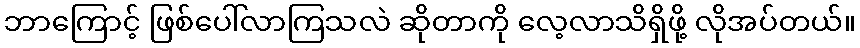
ဘာကြောင့် ဖြစ်ပေါ်လာကြသလဲ ဆိုတာကို လေ့လာသိရှိဖို့ လိုအပ်တယ်။